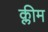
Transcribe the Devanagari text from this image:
क्लीम